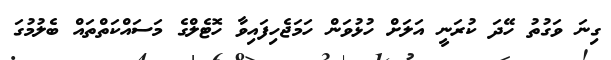
ގިނަ ވަގުތު ހޭދަ ކުރަނީ އަލަށް ހުޅުވަން ހަމަޖެހިފައިވާ ހޮޓެލްގެ މަސައްކަތްތައް ބެލުމުގަ